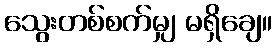
သွေးတစ်စက်မျှ မရှိချေ။